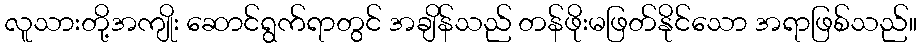
လူသားတို့အကျိုး ဆောင်ရွက်ရာတွင် အချိန်သည် တန်ဖိုးမဖြတ်နိုင်သော အရာဖြစ်သည်။